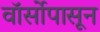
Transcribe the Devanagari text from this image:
वॉर्सोपासून